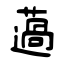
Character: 薖